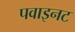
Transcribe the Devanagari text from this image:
पवाइनट